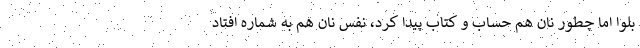
بلوا اما چطور نان هم حساب ‌و كتاب پيدا كرد، نفس نان هم به شماره افتاد